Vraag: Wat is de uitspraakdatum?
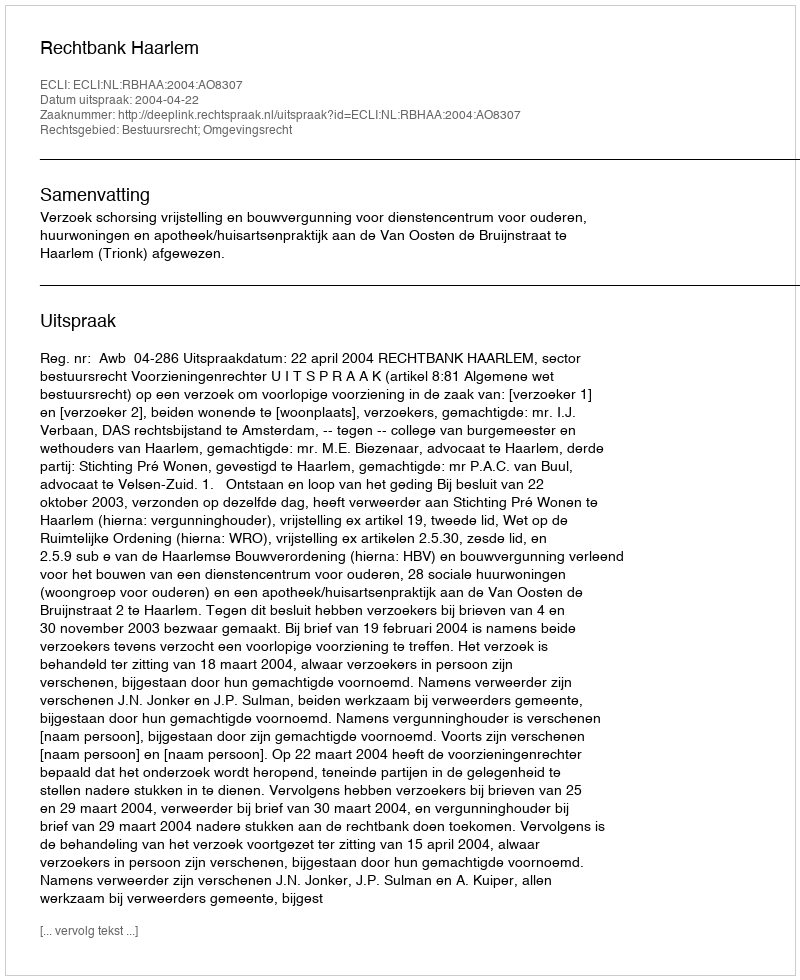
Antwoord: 2004-04-22